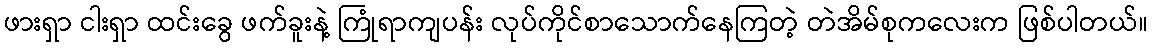
ဖားရှာ ငါးရှာ ထင်းခွေ ဖက်ခူးနဲ့ ကြုံရာကျပန်း လုပ်ကိုင်စာသောက်နေကြတဲ့ တဲအိမ်စုကလေးက ဖြစ်ပါတယ်။